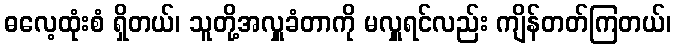
ဓလေ့ထုံးစံ ရှိတယ်၊ သူတို့အလှူခံတာကို မလှူရင်လည်း ကျိန်တတ်ကြတယ်၊